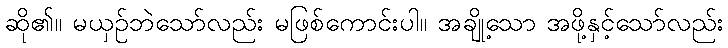
ဆို၏။ မယှဉ်ဘဲသော်လည်း မဖြစ်ကောင်းပါ။ အချို့သော အဖို့နှင့်သော်လည်း